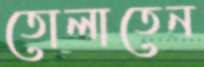
তোলাতেন